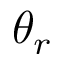
\theta _ { r }